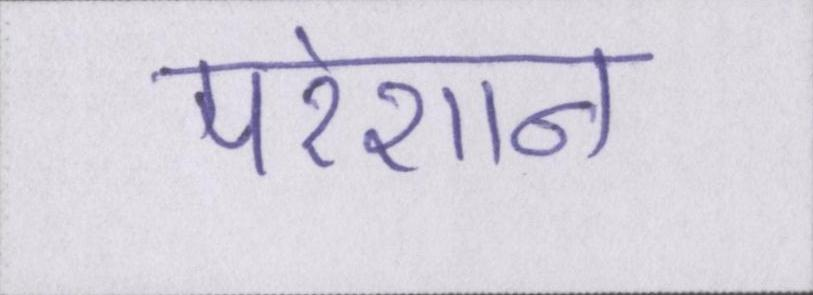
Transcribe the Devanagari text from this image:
परेशान